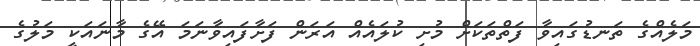
މަލެއްގެ ތަނޑުގައިވާ ފަތްތަކަށް މުށި ކުލައެއް އަރަން ފަށާފައިވާނަމަ އޭގެ މާނައަކީ މަލުގެ